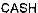
CASH